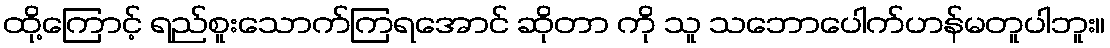
ထို့ကြောင့် ရည်စူးသောက်ကြရအောင် ဆိုတာ ကို သူ သဘောပေါက်ဟန်မတူပါဘူး။